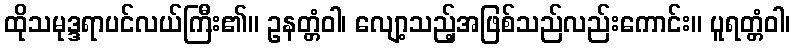
ထိုသမုဒ္ဒရာပင်လယ်ကြီး၏။ ဥနတ္တံဝါ၊ လျော့သည့်အဖြစ်သည်လည်းကောင်း။ ပူရတ္တံဝါ၊